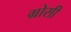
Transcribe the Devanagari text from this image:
ग्रोसी